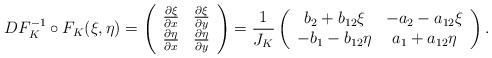
LaTeX: \begin{align*}DF_K^{-1} \circ F_K(\xi,\eta) = \left(\begin{array}{cc} \frac{\partial\xi}{\partial x} & \frac{\partial\xi}{\partial y}\\\frac{\partial\eta}{\partial x} & \frac{\partial\eta}{\partial y} \end{array}\right)=\frac{1}{J_K}\left(\begin{array}{cc} b_2 + b_{12}\xi & -a_2 -a_{12}\xi \\ -b_1 - b_{12}\eta & a_1 + a_{12}\eta\end{array}\right).\end{align*}